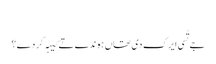
‏
جے تُسی ایرک دی تھاں ہوندے تے کیہہ کر دے؟